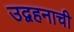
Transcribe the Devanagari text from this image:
उद्वहनाची